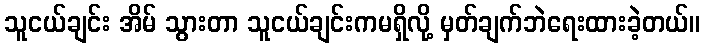
သူငယ်ချင်း အိမ် သွားတာ သူငယ်ချင်းကမရှိလို့ မှတ်ချက်ဘဲရေးထားခဲ့တယ်။